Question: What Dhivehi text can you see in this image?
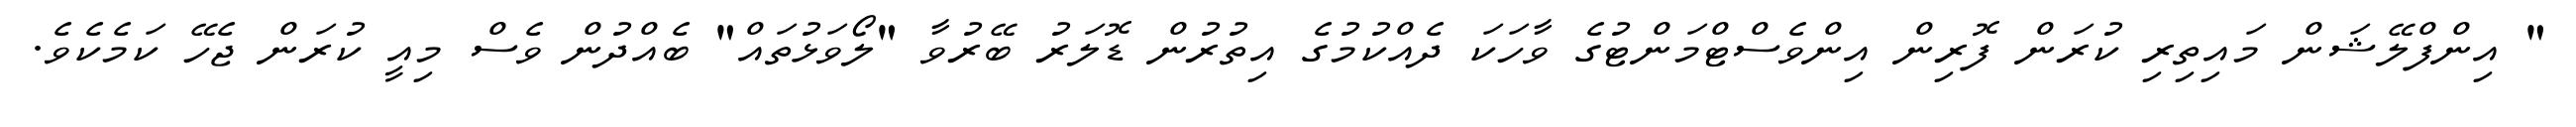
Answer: " އިންފްލޭޝަން މައިތިރި ކުރަން ފޮރިން އިންވެސްޓްމަންޓުގެ ވާހަކަ ދެއްކުމުގެ އިތުރުން ޑޮލަރު ބޭރުވާ "ލޯވަޅުތައް" ބެއްދުން ވެސް މިއީ ކުރަން ޖެހޭ ކަމެކެވެ.